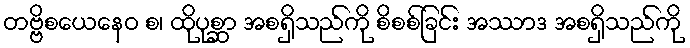
တဗ္ဗိစယေနေဝ စ၊ ထိုပုစ္ဆာ အစရှိသည်ကို စိစစ်ခြင်း အဿာဒ အစရှိသည်ကို